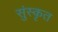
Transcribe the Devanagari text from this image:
सुंस्कृत